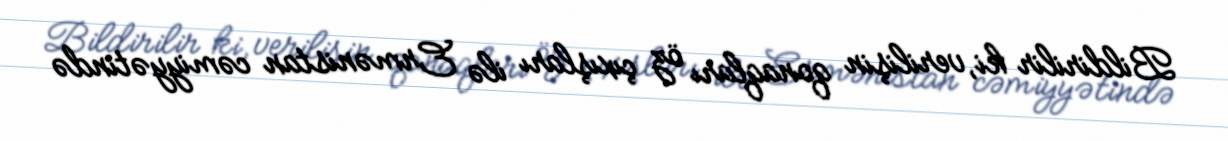
Bildirilir ki, verilişin qonaqları öz çıxışları ilə Ermənistan cəmiyyətində